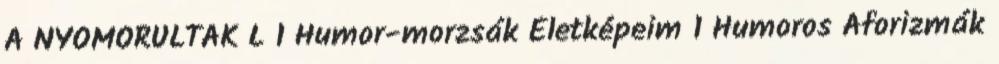
A NYOMORULTAK L 1 Humor-morzsák Életképeim 1 Humoros Aforizmák